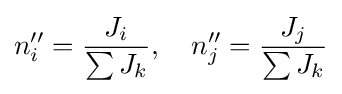
n_{i}''={\frac {J_{i}}{\sum {J_{k}}}},\quad n_{j}''={\frac {J_{j}}{\sum {J_{k}}}}